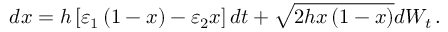
d x = h \left[ \varepsilon _ { 1 } \left( 1 - x \right) - \varepsilon _ { 2 } x \right] d t + \sqrt { 2 h x \left( 1 - x \right) } d W _ { t } \, .